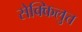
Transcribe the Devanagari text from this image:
सेक्किलुत्त